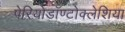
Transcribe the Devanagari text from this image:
पेरियोडॉण्टोक्लेशिया